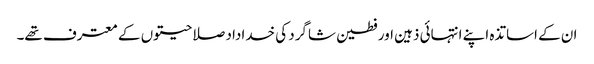
ان کے اساتذہ اپنے انتہائی ذہین اور فطین شاگرد کی خداداد صلاحیتوں کے معترف تھے۔